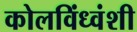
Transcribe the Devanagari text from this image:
कोलविंध्वंशी